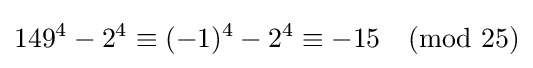
149^{4}-2^{4}\equiv (-1)^{4}-2^{4}\equiv -15{\pmod {25}}